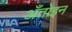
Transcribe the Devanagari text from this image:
अँतोइन